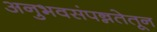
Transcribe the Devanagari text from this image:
अनुभवसंपन्नतेतून